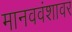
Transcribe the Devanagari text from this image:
मानववंशावर